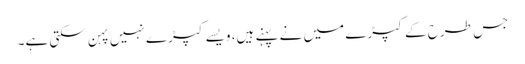
جس طرح کے کپڑے میں نے پہنے ہیں، ویسے کپڑے نہیں پہن سکتی ہے۔